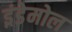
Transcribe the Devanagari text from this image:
इंडेमोल